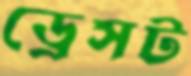
ড্রেসট